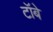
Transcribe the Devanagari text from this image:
टॉबे